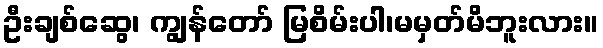
ဦးချစ်ဆွေ၊ ကျွန်တော် မြစိမ်းပါ၊မမှတ်မိဘူးလား။